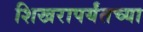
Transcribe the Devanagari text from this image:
शिखरापर्यंतच्या